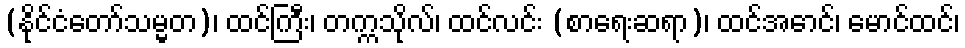
(နိုင်ငံတော်သမ္မတ)၊ ထင်ကြီး၊ တက္ကသိုလ်၊ ထင်လင်း (စာရေးဆရာ)၊ ထင်အောင်၊ မောင်ထင်၊